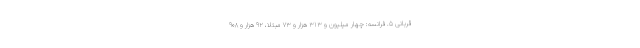
قربانی ۵. فرانسه: چهار میلیون و ۳۱۳ هزار و ۷۳ مبتلا، ۹۲ هزار و ۹۰۸